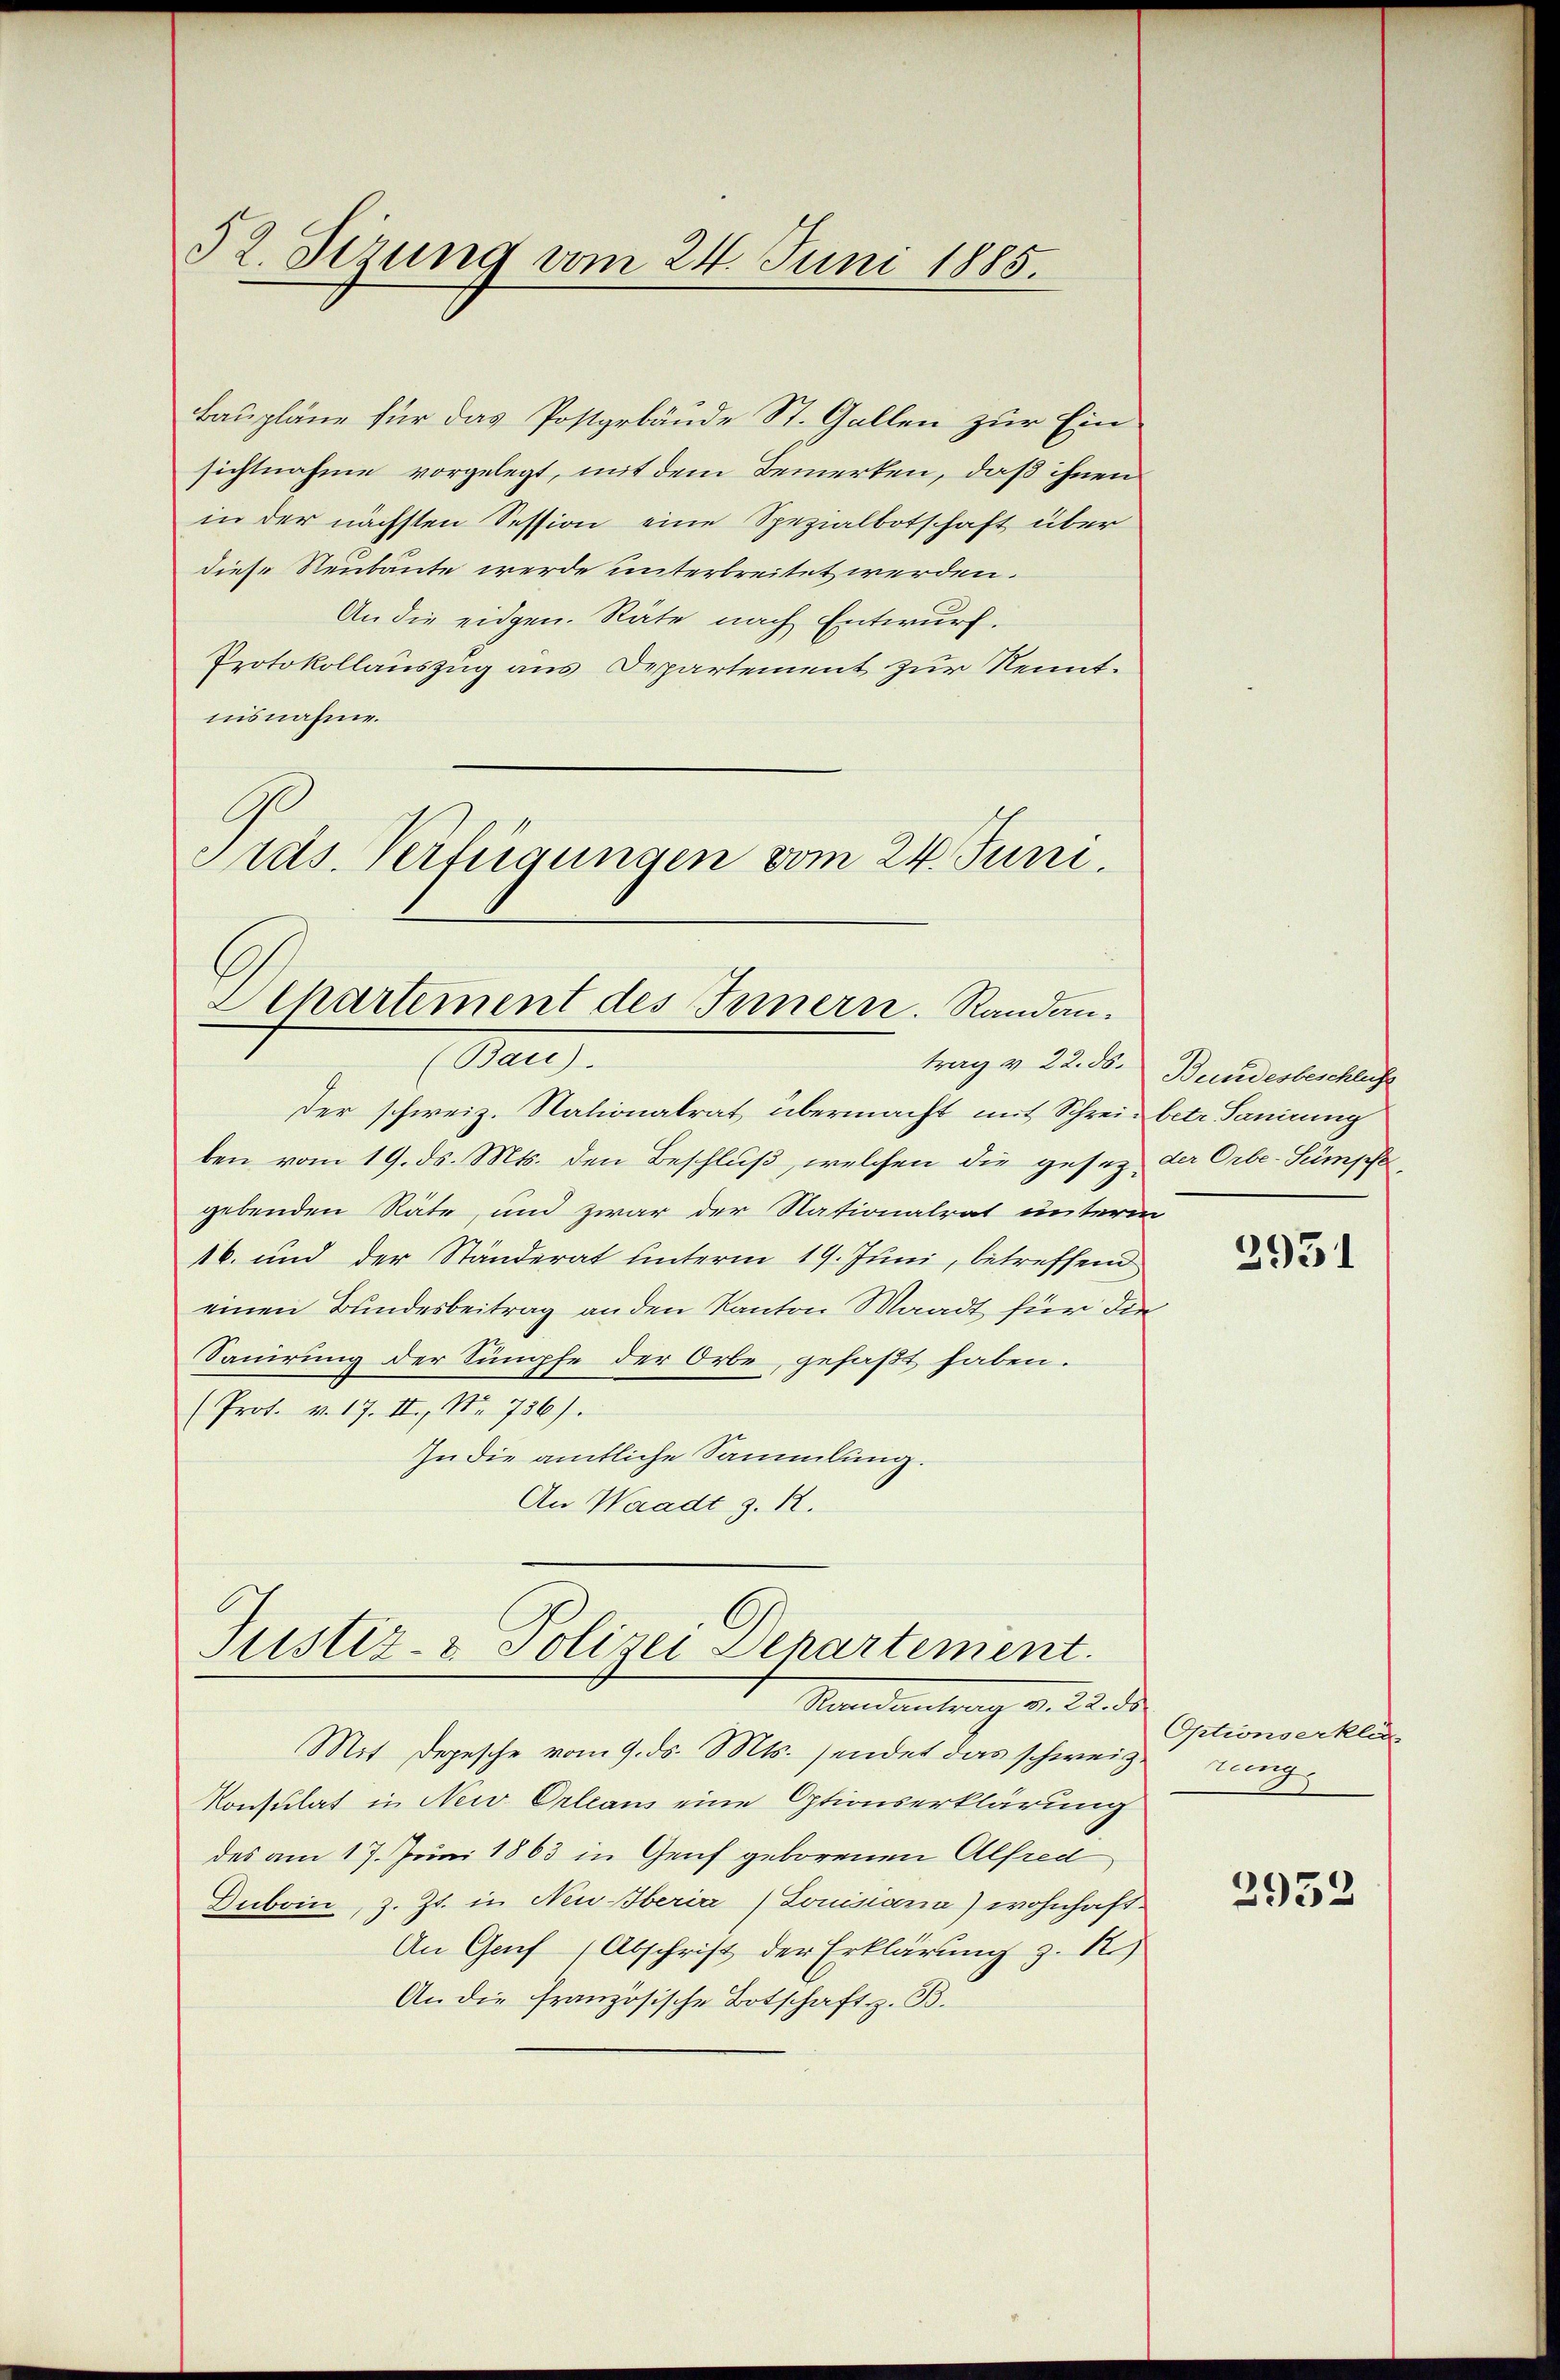
52. Sizung vom 24. Juni 1885.

Baupläne für das Postgebäude St. Gallen zur Einsichtnahme vorgelegt, mit dem Bemerken, daß ihnen
in der nächsten Session eine Spezialbotschaft über
diese Neubaute werde unterbreitet werden.
An die eidgen. Räte nach Entwurf.
Protokollauszug aus Departement zur Kenntnisnahme.
Grds. Verfügungen vom 24. Juni.

CChartement des Innern. Randan¬
Mart.

Der schweiz. Nationalrat übermacht mit Schreibetr. Sanirung
ben vom 19. ds. Mts. den Beschluß, welchen die gesetz der Orbe-Sümpfe
gebenden Räte, und zwar der Nationalrat unterm
16. und der Ständerat unterm 19. Juni, betreffend
einen Bundesbeitrag an den Kanton Waadt für die
Sauirung der Sumpfe der Orbe, gefaßt haben.
(Prot. v. 17. II., No 736).
In die amtliche Sammlung.
An Waadt z. R.

Justiz- & Polizei Denartement.

Naedeutung v. 22. de
Mit Depesche vom 9. ds. Mts. sendet das schweizerung¬
Konsulat in New Orleans eine Optionserklärung
des am 17. Juni 1863 in Genf geborenen Alfred
Duboin, z. Zt. in Neu-Oberia Louisiania) wohnhaft-
An Gauf 1 Abschrift der Erklärung z. R.)
An die französische Botschaft z. B.

trag v. 22. ds. Bundesbeschliche

2931

Optionserkle

2952